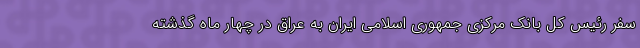
سفر رئیس کل بانک مرکزی جمهوری اسلامی ایران به عراق در چهار ماه گذشته